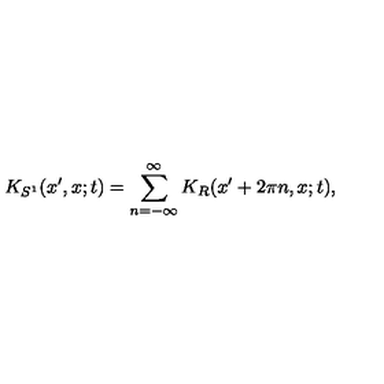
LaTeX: K _ { S ^ { 1 } } ( x ^ { \prime } , x ; t ) = \sum _ { n = - \infty } ^ { \infty } K _ { R } ( x ^ { \prime } + 2 \pi n , x ; t ) ,